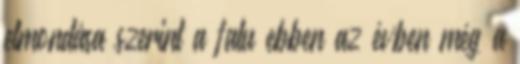
elmondása szerint a falu ebben az évben még a